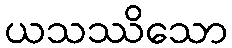
ယသဿိသော